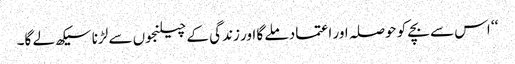
‘‘ اس سے بچے کو حوصلہ اور اعتماد ملے گا اور زندگی کے چیلنجوں سے لڑنا سیکھ لے گا۔